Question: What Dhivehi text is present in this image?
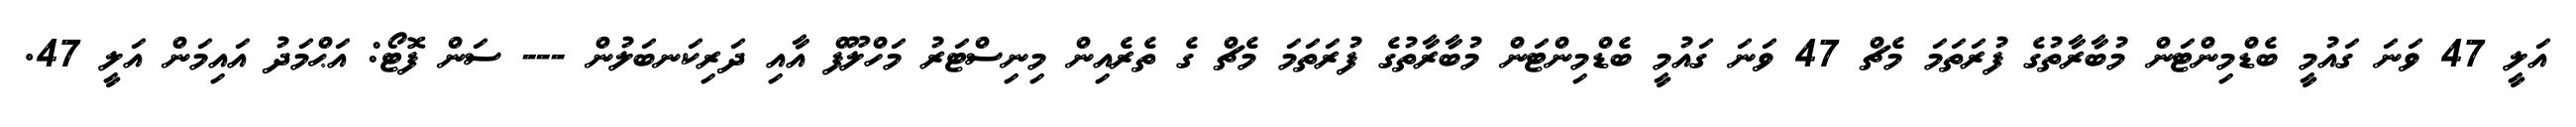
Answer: އަލީ 47 ވަނަ ގައުމީ ބެޑްމިންޓަން މުބާރާތުގެ ފުރަތަމަ މެޗް 47 ވަނަ ގައުމީ ބެޑްމިންޓަން މުބާރާތުގެ ފުރަތަމަ މެޗް ގެ ތެރެއިން މިނިސްޓަރު މަހްލޫފް އާއި ދަރިކަނބަލުން --- ސަން ފޮޓޯ: އަޙްމަދު އައިމަން އަލީ 47.